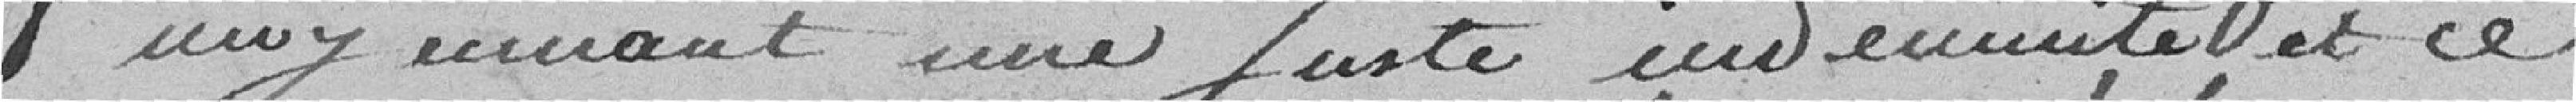
qui  recevant une juste indemnité et ce